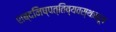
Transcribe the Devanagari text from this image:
शब्दनिष्पत्तिव्यवस्थानरूप